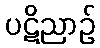
ပဋိညာဉ်